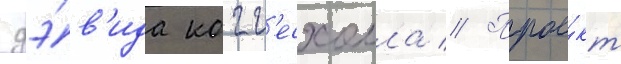
дэ́в'ида когг'есхолла // Прое́кт